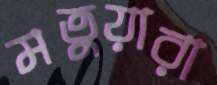
মতুয়ারা